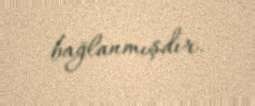
bağlanmışdır.